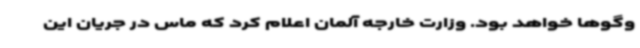
‌وگوها خواهد بود. وزارت خارجه آلمان اعلام کرد که ماس در جریان این